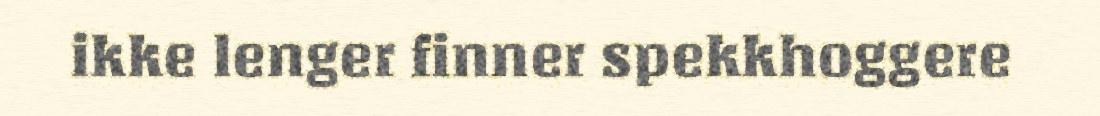
ikke lenger finner spekkhoggere